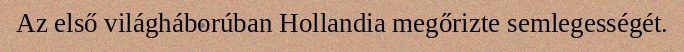
Az első világháborúban Hollandia megőrizte semlegességét.